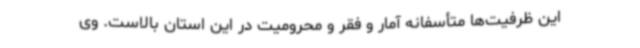
این ظرفیت‌ها متأسفانه آمار و فقر و محرومیت در این استان بالاست. وی